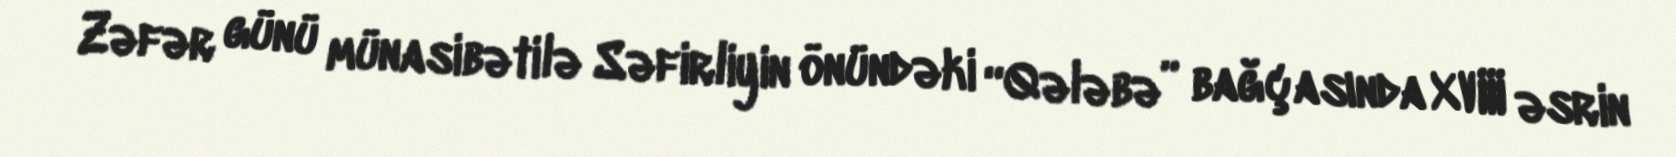
Zəfər günü münasibətilə Səfirliyin önündəki “Qələbə” bağçasında XVIII əsrin